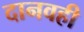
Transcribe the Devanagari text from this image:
दानवही